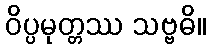
ဝိပ္ပမုတ္တဿ သဗ္ဗဓိ။